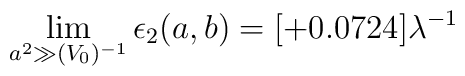
\lim_{a^2 \gg (V_0)^{-1}}\epsilon_2(a,b)=[+0.0724]\lambda^{-1}